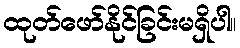
ထုတ်ဖော်နိုင်ခြင်းမရှိပါ။